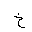
Letter: _kha